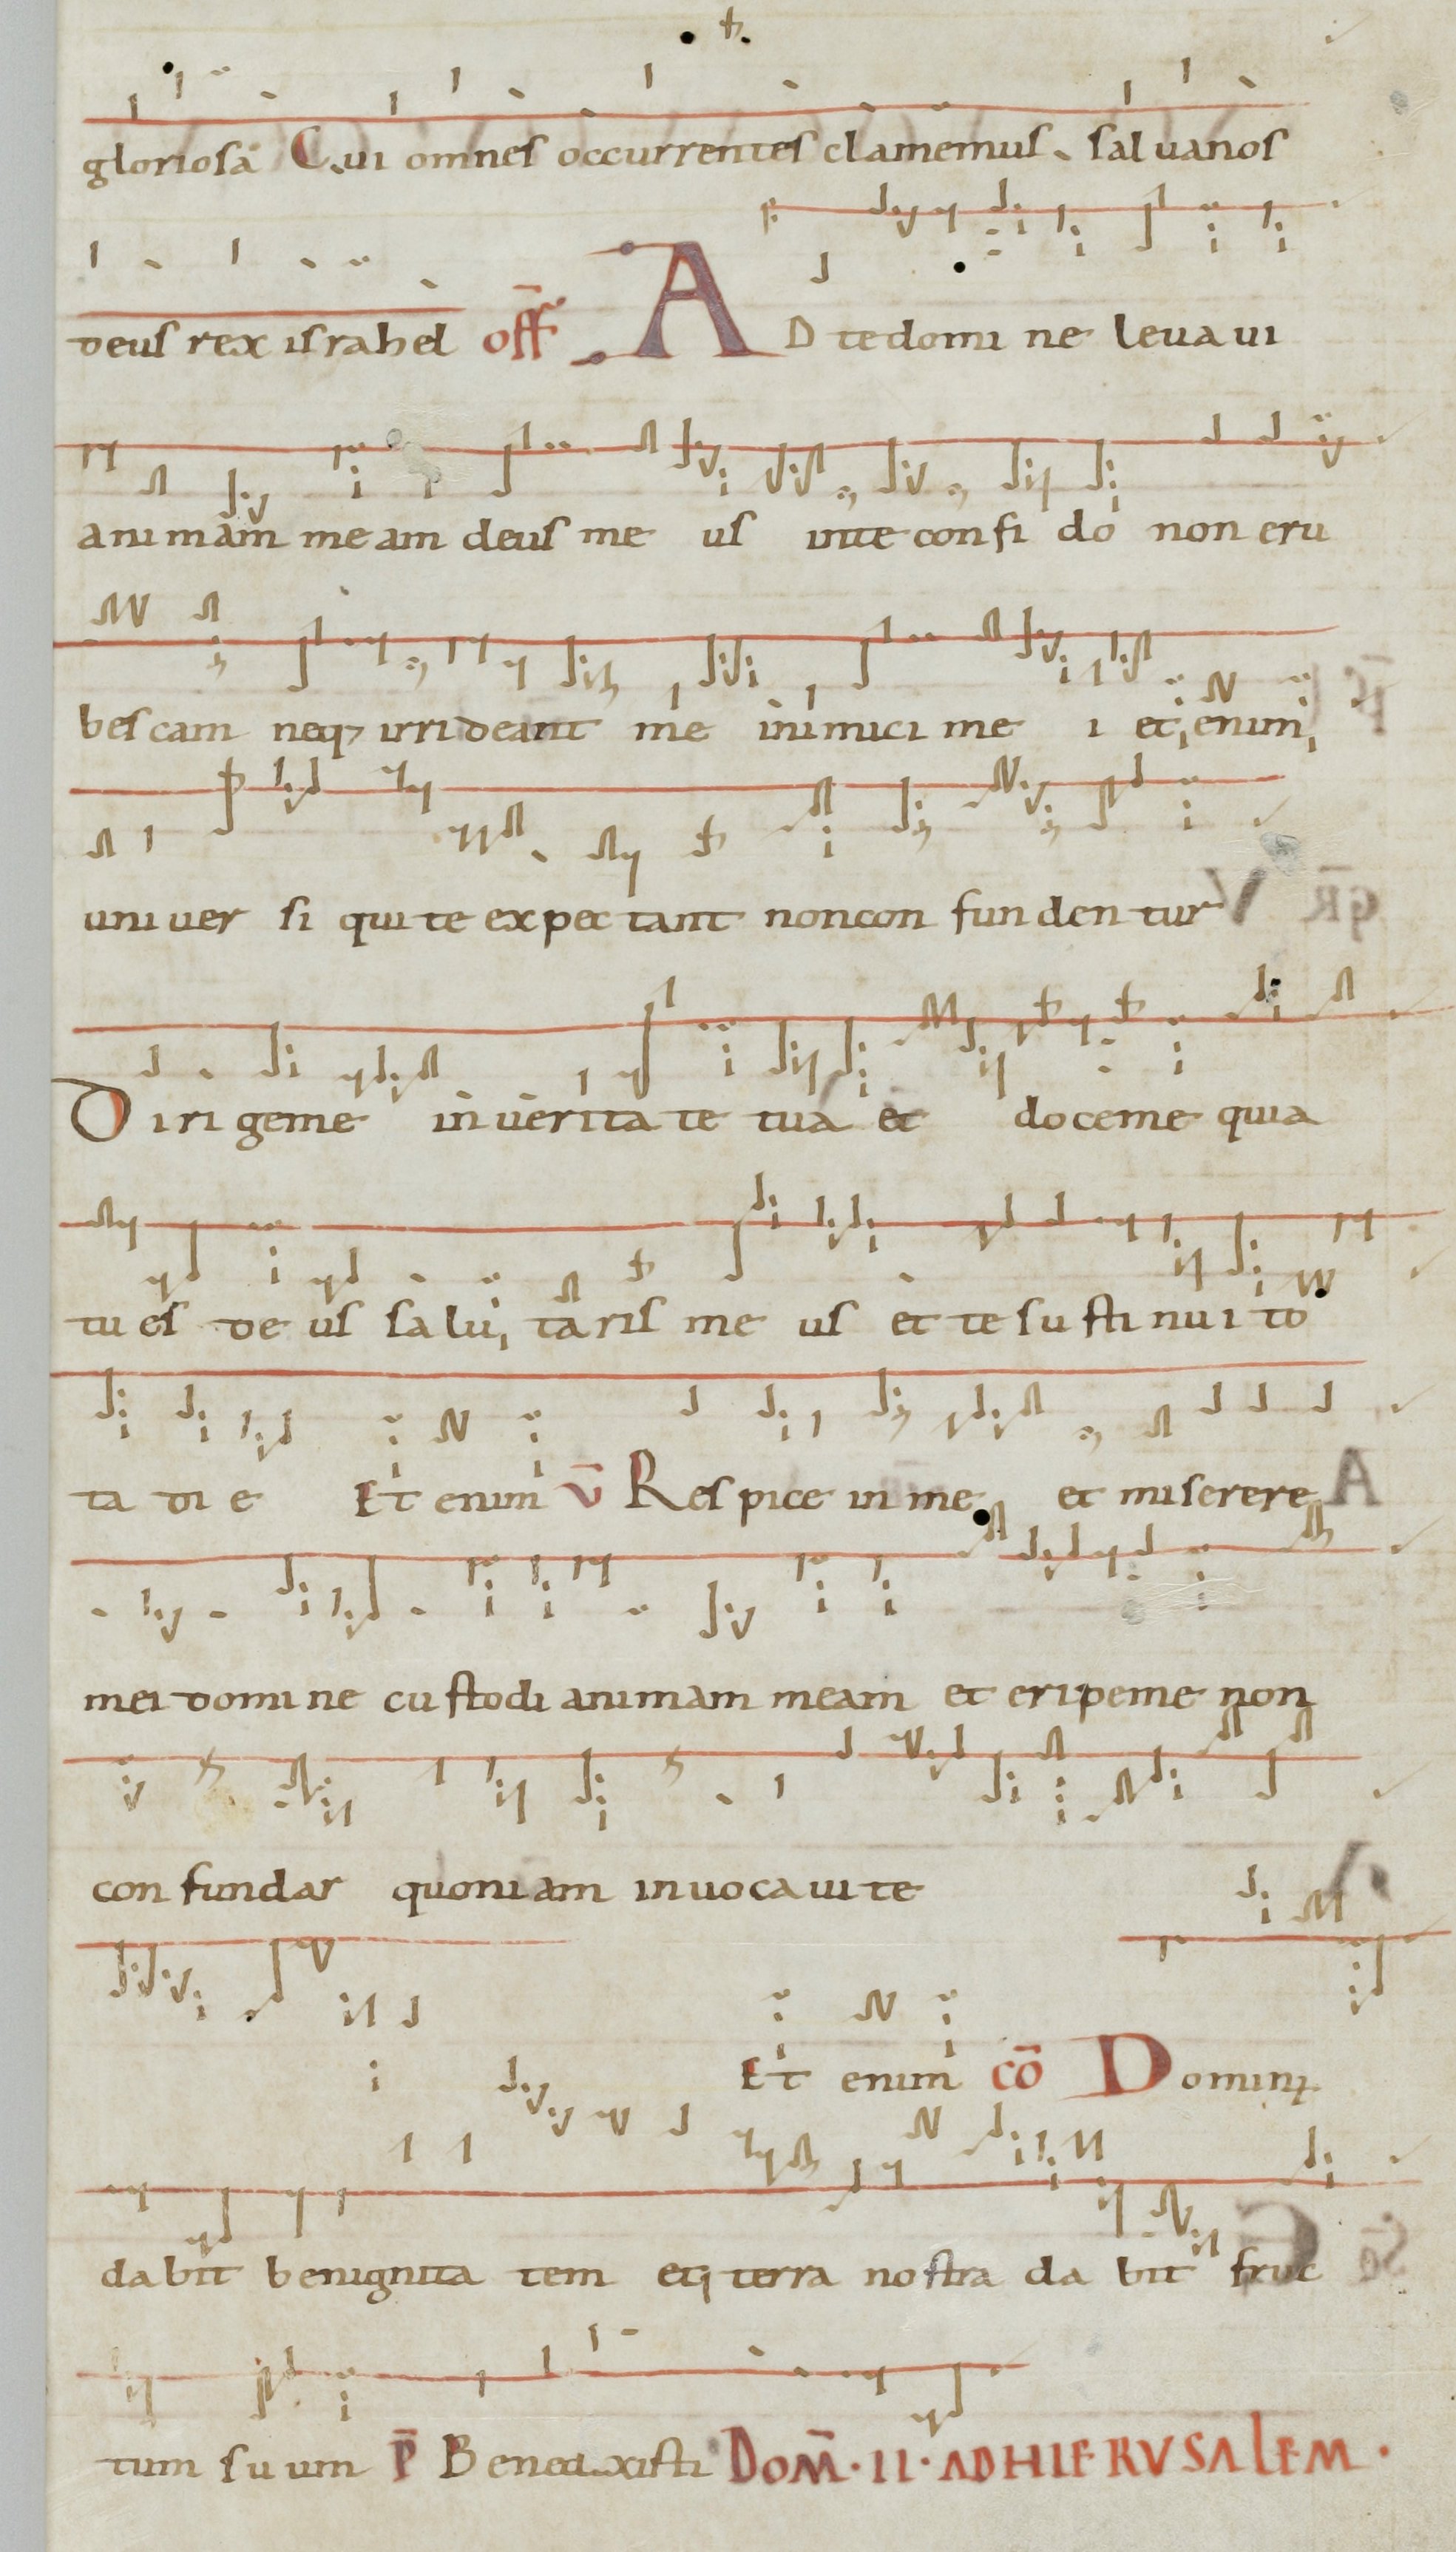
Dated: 1071–1071